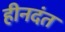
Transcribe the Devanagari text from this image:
हीनदंत